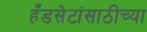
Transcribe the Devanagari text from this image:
हँडसेटांसाठीच्या